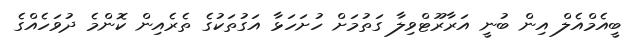
ބީއެމްއެލް އިން ބުނީ އަރާރޫޓްވިލާ ގަތުމަށް ހުށަހަޅާ އަގުތަކުގެ ތެރެއިން ކޮންމެ ދުވަހެއްގެ